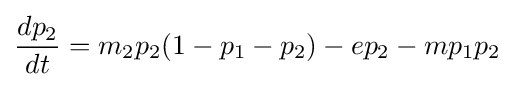
{\frac {dp_{2}}{dt}}=m_{2}p_{2}(1-p_{1}-p_{2})-ep_{2}-mp_{1}p_{2}